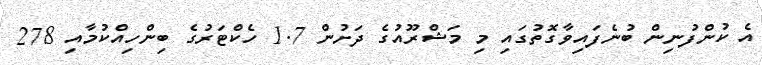
އެ ކުންފުނިން ބުނެފައިވާގޮތުގައި މި މަޝްރޫއުގެ ދަށުން 1.7 ހެކްޓަރުގެ ބިންހިއްކުމާއި 278